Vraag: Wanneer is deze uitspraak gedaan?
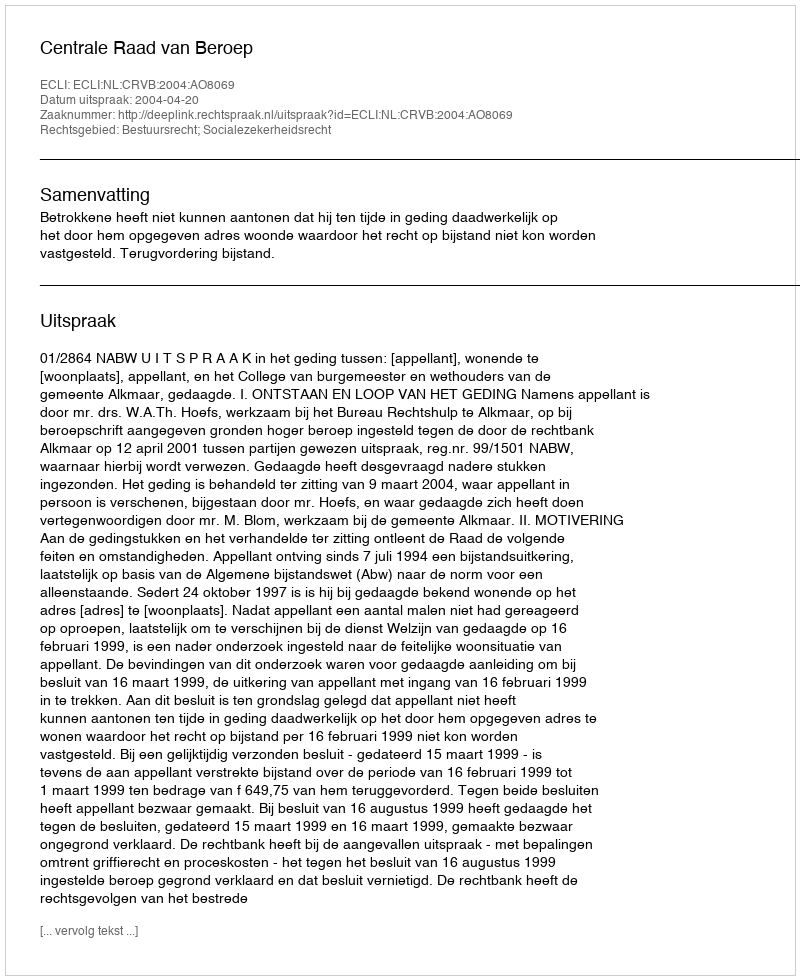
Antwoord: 2004-04-20